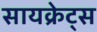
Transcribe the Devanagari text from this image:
सायक्रेट्स